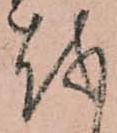
越